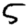
Digit: 5